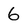
Character: 6